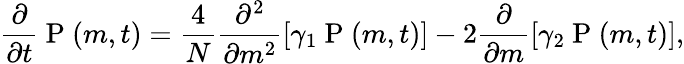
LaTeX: \frac{\partial}{\partial t}\mathrm{~P~}(m,t)=\frac{4}{N}\frac{\partial^{2}}{\partial m^{2}}\left[\gamma_{1}\mathrm{~P~}(m,t)\right]-2\frac{\partial}{\partial m}\left[\gamma_{2}\mathrm{~P~}(m,t)\right],